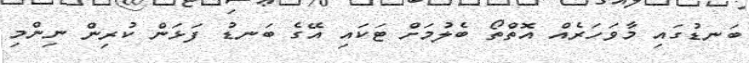
ބަނޑުގައި މާވަހަރެއް އޮތްތޯ ބެލުމަށް ޓަކައި އޭގެ ބަނޑު ފަޅަން ކުރިން ނިންމި